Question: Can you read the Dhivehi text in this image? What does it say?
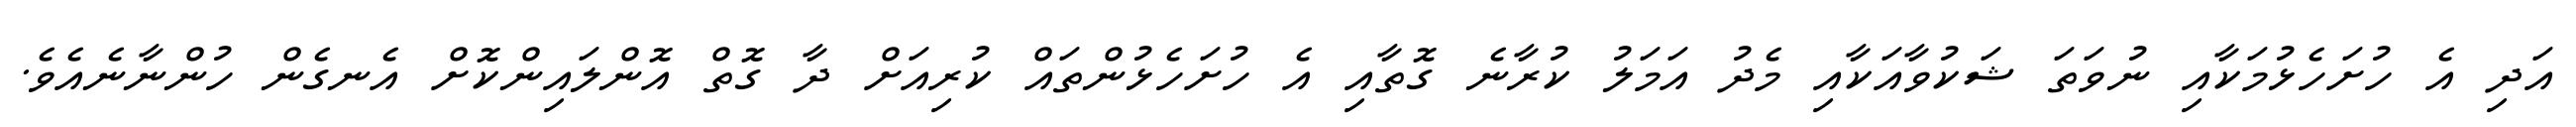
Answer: އަދި އެ ހުށަހެޅުމަކާއި ނުވަތަ ޝަކުވާއަކާއި މެދު އަމަލު ކުރާނެ ގޮތާއި އެ ހުށަހެޅުންތައް ކުރިއަށް ދާ ގޮތް އޮންލައިންކޮށް އެނގެން ހުންނާނެއެވެ.